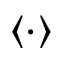
\langle \cdot \rangle